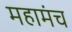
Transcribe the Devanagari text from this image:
महामंच